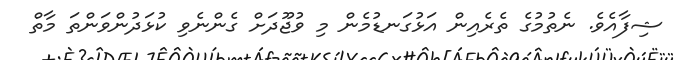
ޝިފާއެވެ. ނެތުމުގެ ތެރެއިން އަޅުގަނޑުމެން މި ވުޖޫދަށް ގެންނެވި ކުޅަދުންވަންތަ މާތް